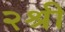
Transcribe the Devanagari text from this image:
२श्री